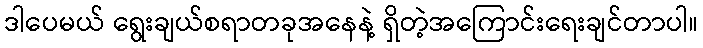
ဒါပေမယ် ရွေးချယ်စရာတခုအနေနဲ့ ရှိတဲ့အကြောင်းရေးချင်တာပါ။